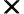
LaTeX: \pmb{\times}